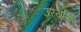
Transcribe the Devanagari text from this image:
उरयगिरि